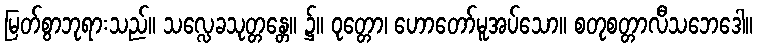
မြတ်စွာဘုရားသည်။ သလ္လေခသုတ္တန္တေ။ ၌။ ဝုတ္တော၊ ဟောတော်မူအပ်သော။ စတုစတ္တာလီသဘေဒေါ။